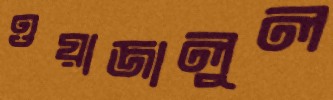
ওয়াজালুল